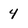
Character: 4